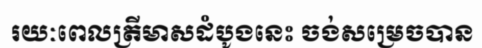
រយៈពេលត្រីមាសដំបូងនេះ ចង់សម្រេចបាន